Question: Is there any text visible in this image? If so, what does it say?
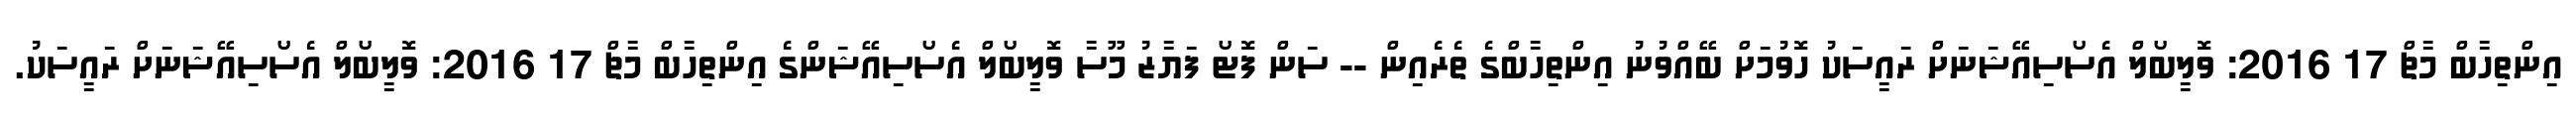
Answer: އިންތިހާބް މާޗް 17 2016: ވޮލީބޯލް އެސޯސިއޭޝަނަށް ރައީސަކު ހޮވުމަށް ބޭއްވުނު އިންތިހާބްގެ ތެރެއިން -- ސަން ފޮޓޯ ފަޔާޒު މޫސާ ވޮލީބޯލް އެސޯސިއޭޝަންގެ އިންތިހާބް މާޗް 17 2016: ވޮލީބޯލް އެސޯސިއޭޝަނަށް ރައީސަކު.